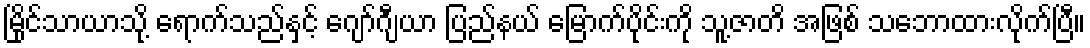
မြိုင်သာယာသို့ ရောက်သည်နှင့် ဂျော်ဂျီယာ ပြည်နယ် မြောက်ပိုင်းကို သူ့ဇာတိ အဖြစ် သဘောထားလိုက်ပြီ။